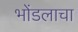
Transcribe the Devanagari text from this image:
भोंडलाचा